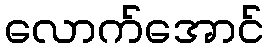
လောက်အောင်